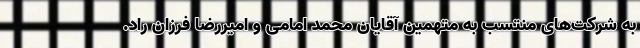
به شرکت‌های منتسب به متهمین آقایان محمد امامی و امیررضا فرزان راد.